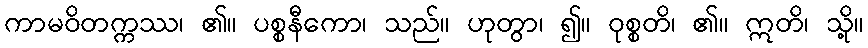
ကာမဝိတက္ကဿ၊ ၏။ ပစ္စနီကော၊ သည်။ ဟုတွာ၊ ၍။ ဝုစ္စတိ၊ ၏။ ဣတိ၊ သို့။